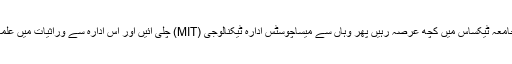
اس کے بعد بوسٹن ٹیکساس میں جامعہ ٹیکساس میں کچھ عرصہ رہیں پھر وہاں سے میساچوسٹس ادارہ ٹیکنالوجی (MIT) چلی آئیں اور اس ادارہ سے وراثیات میں علمائی (.Ph.D) کی سند حاصل کی۔